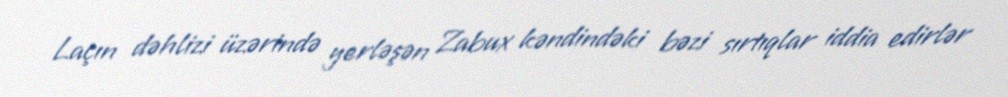
Laçın dəhlizi üzərində yerləşən Zabux kəndindəki bəzi sırtıqlar iddia edirlər